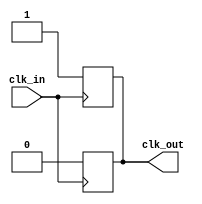
module basic_clock_buffer #(
    parameter NUM_OUTPUTS = 1  // Number of buffered clock outputs
) (
    input wire clk_in,          // Primary clock input signal
    output reg [NUM_OUTPUTS-1:0] clk_out // Buffered clock output signals
);

    // Internal signal to hold the clock output
    reg clk_out_temp;

    always @(posedge clk_in) begin
        clk_out_temp <= 1'b1; // Set output high on rising edge
    end

    always @(negedge clk_in) begin
        clk_out_temp <= 1'b0; // Set output low on falling edge
    end

    // Drive all outputs with the same buffered signal
    always @* begin
        clk_out = {NUM_OUTPUTS{clk_out_temp}}; // Assign the buffered signal to all outputs
    end

endmodule